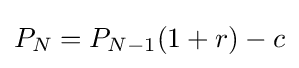
P_{N}=P_{N-1}(1+r)-c